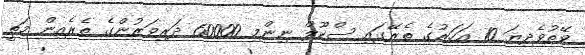
ވޭތުވެދިޔަ 10 އަހަރުގެ ތެރޭގައި ސްކޫލް ނިންމި 60000 ދަރިވަރުންގެ ތެރެއިން މަތީ